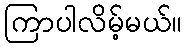
ကြာပါလိမ့်မယ်။